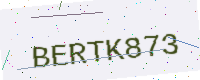
Text: BERTK873